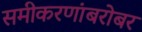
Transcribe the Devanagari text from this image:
समीकरणांबरोबर